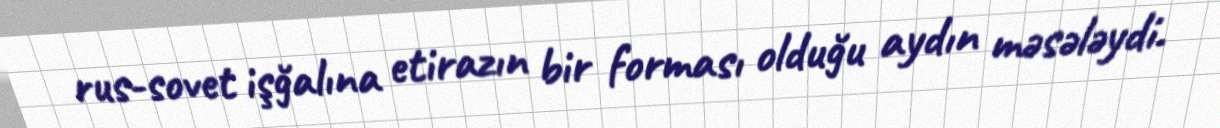
rus-sovet işğalına etirazın bir forması olduğu aydın məsələydi.